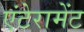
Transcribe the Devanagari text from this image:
एंटेरामेंट